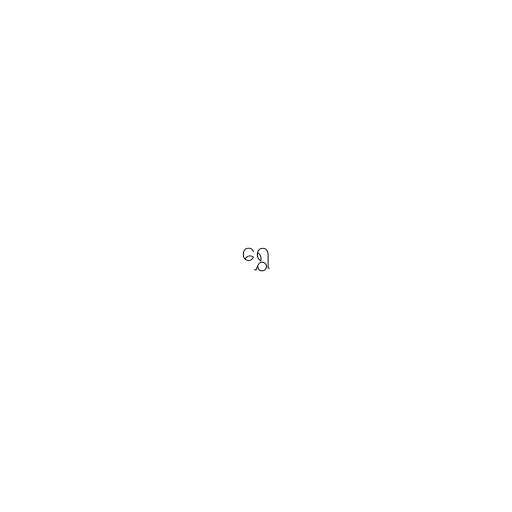
ရွှေ